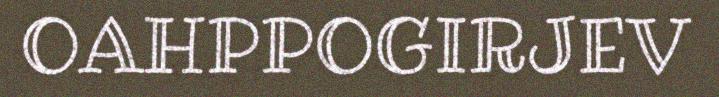
OAHPPOGIRJEV